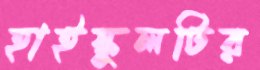
হাইস্কুলটির